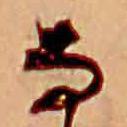
な